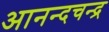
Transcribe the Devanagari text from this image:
आनन्दचन्द्र